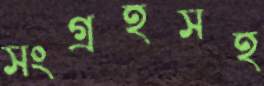
সংগ্রহসহ